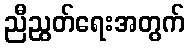
ညီညွတ်ရေးအတွက်